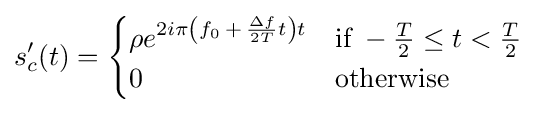
s_{c}'(t)={\begin{cases}\rho e^{2i\pi \left(f_{0}\,+\,{\frac {\Delta f}{2T}}t\right)t}&{\mbox{if}}\;-{\frac {T}{2}}\leq t<{\frac {T}{2}}\\0&{\mbox{otherwise}}\end{cases}}